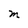
Character: M